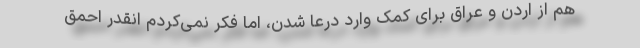
هم از اردن و عراق برای کمک وارد درعا شدن، اما فکر نمی‌کردم انقدر احمق